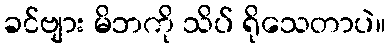
ခင်ဗျား မိဘကို သိပ် ရိုသေတာပဲ။